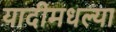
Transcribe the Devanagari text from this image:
यादीमधल्या